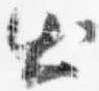
出